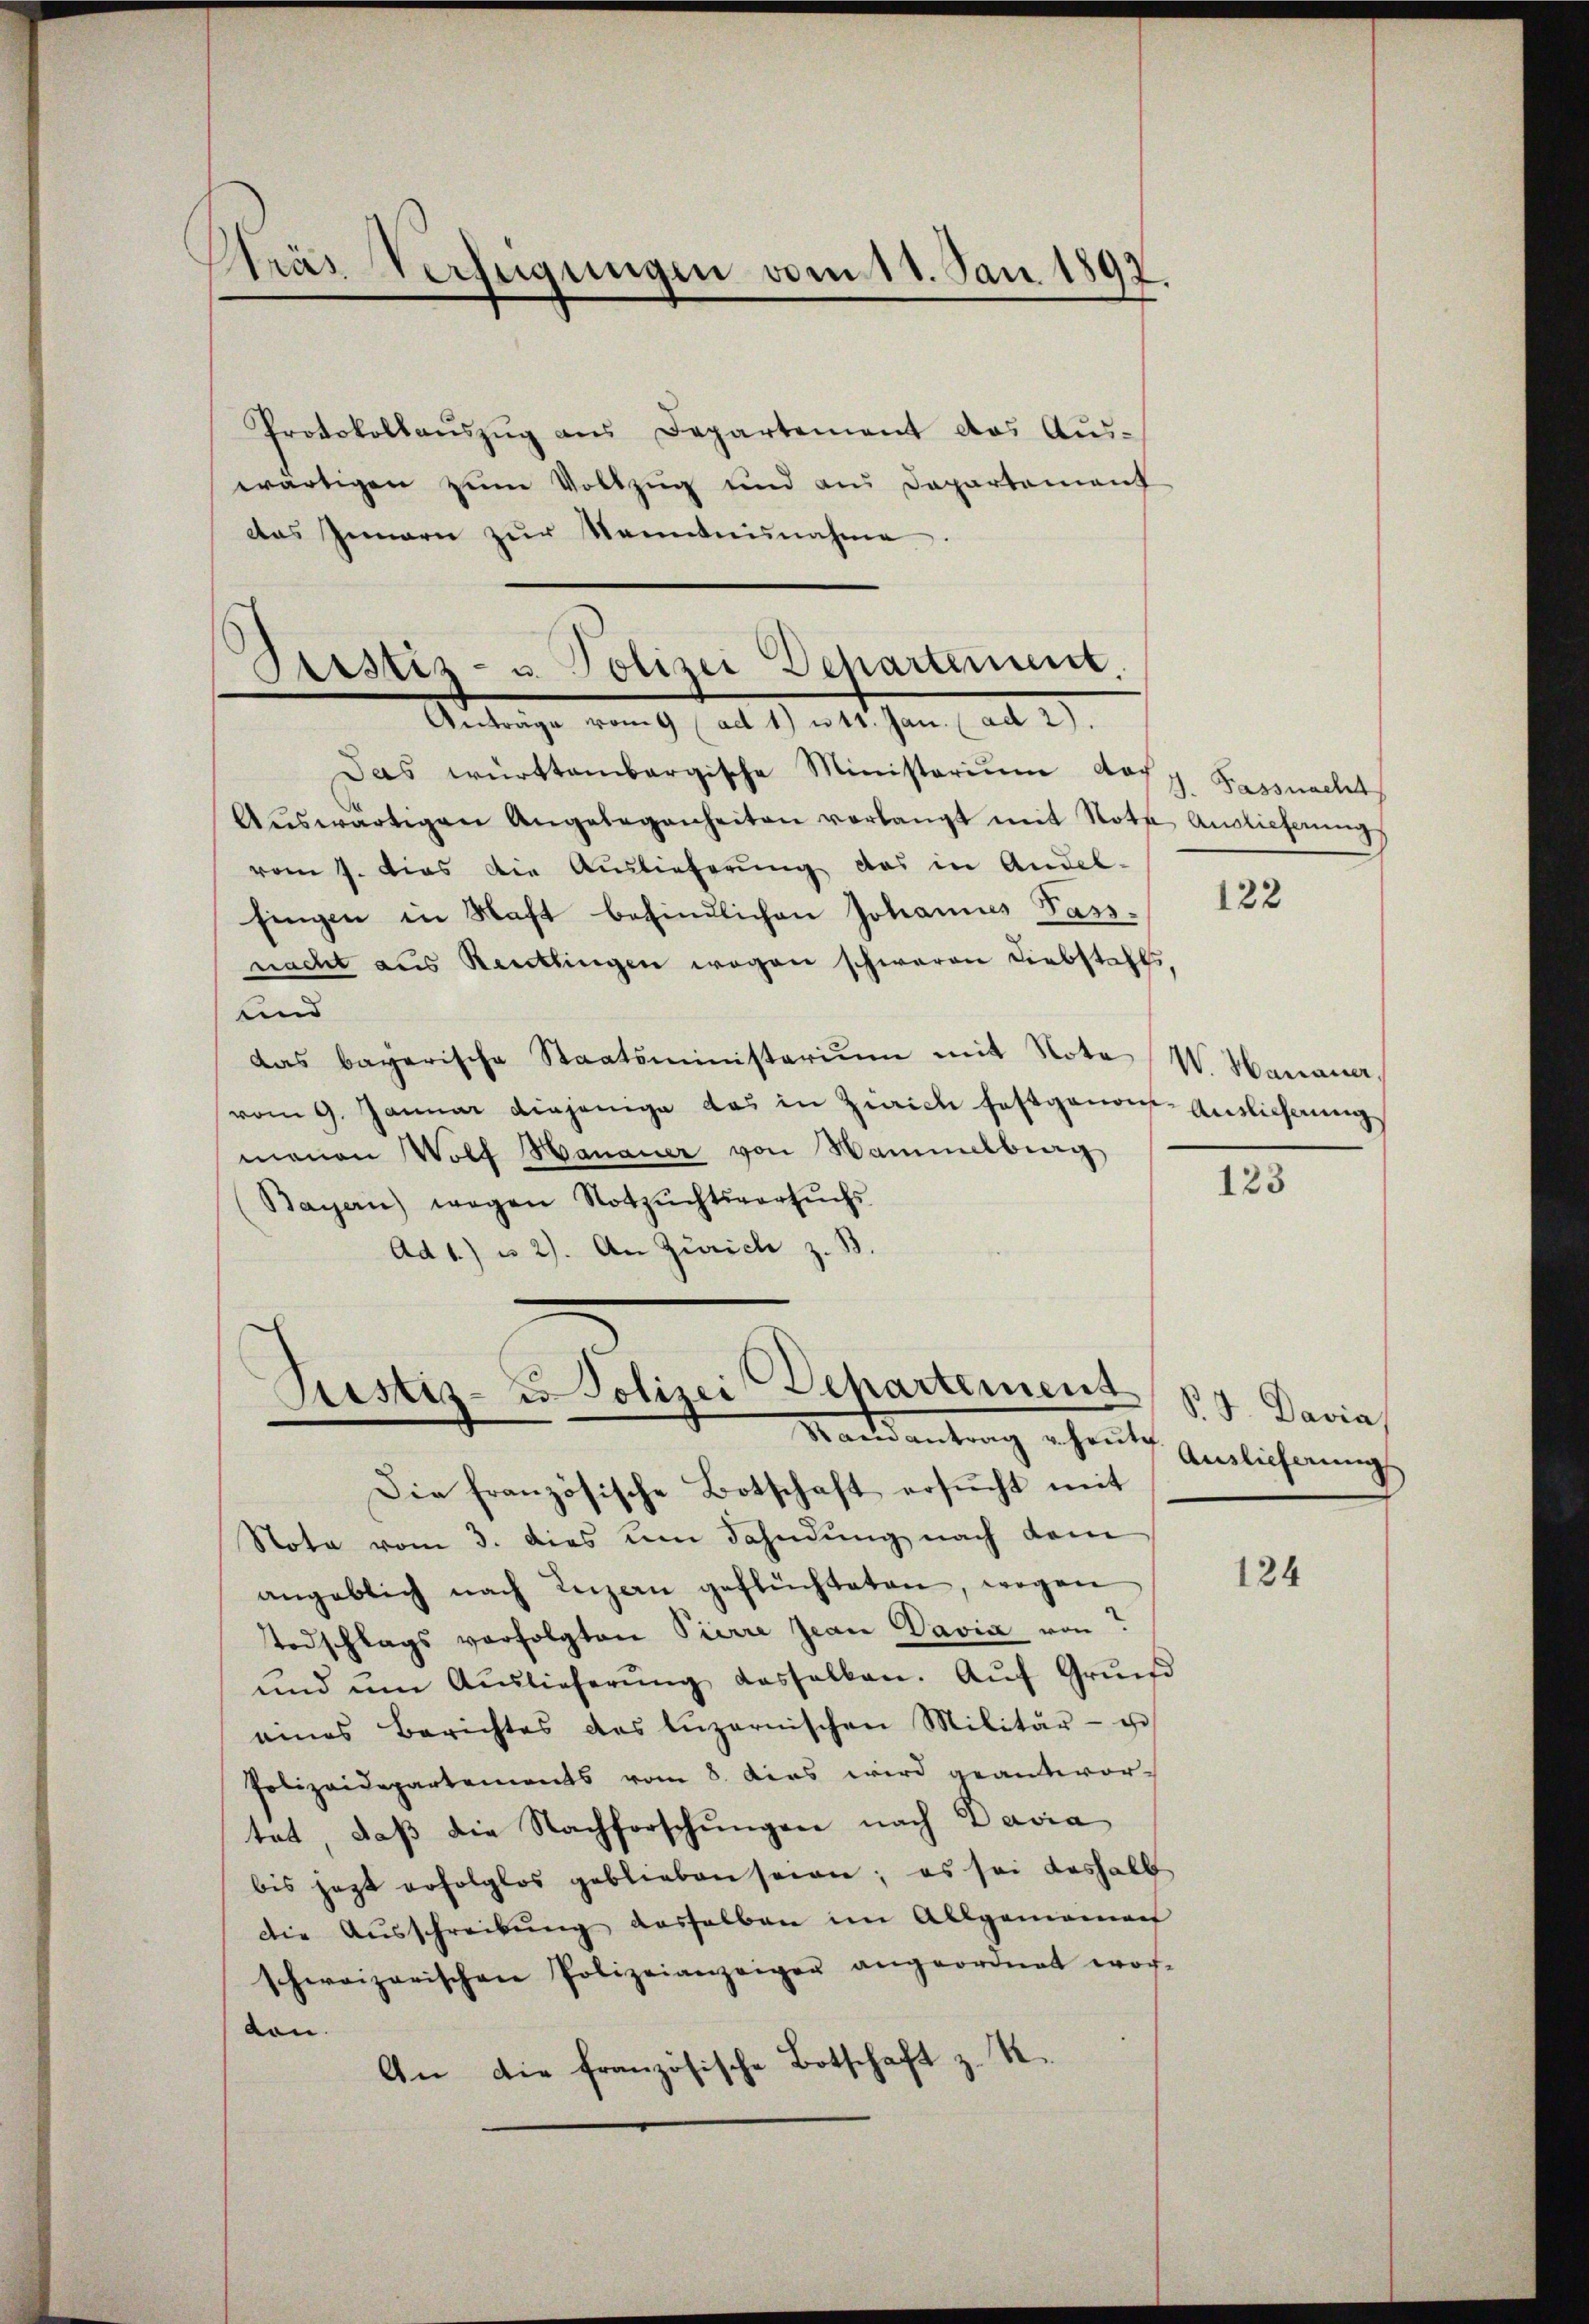
Pras Verfügungen vom 11. Jan. 1892.

Protokollaŭszŭg ans Departement des Aŭs-
wärtigen zum Vollzug und aus Departement
das Innern zŭr Namenŭnahme.
Sistiz- u. Polizei Departement,

Anträge vom 9 (ad 1) u 41. Jan. ad 2).

Das württembergische Ministerium doch
Aŭswärtigen Angelegenheiten verlangt mit Note Auslieferŭngs
vom 7. dies die Auslieferung das in Andel-
fingen in Haft befindlichen Johannes Pass.
nacht aus Reutlingen wegen schweren Liebstahls
und
das bayerische Staatsministerium mit Note W. Hanauer
vom 9. Januar diejenige das in Zürich festgenom-Auslicherung
manen Wolf Hanauer von Hammelburg
Bayern) wegen Notzŭchtsversŭchs
Ad 1) u. 2). An Zürich z. B.

Die französische Botschaft ersŭcht mit
Nota vom 3. dies um Fahndung nach dem
angeblich nach Luzan geflüchteten, wegen
Todschlags verfolgten Pierre Jean Davia von
ŭnd ŭm Aŭslieferŭng dasselben. Aŭf Grund
eines Berichtes des Lŭzernischen Militär- u
Polizeidepartements vom 8. Das wird geantwortat, daβ die Nachforschungen nach Davia
bis jezt erfolglos geblieben seinen; es sei deshalb
Die Aŭsschreibŭng deshalben im Allgemeiner
schweizerischen Polizeianzeiger angeordnet wor-
von.
An die französische Botschaft z. K.

Justiz- u Polizei Dehartement
Mandantrag ehreth Anglicherungs

J. Fassnacht

122

123

P. F. Davia

124